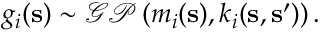
g _ { i } ( \mathbf { s } ) \sim \mathcal { G P } \left( m _ { i } ( \mathbf { s } ) , k _ { i } ( \mathbf { s } , \mathbf { s } ^ { \prime } ) \right) { . }